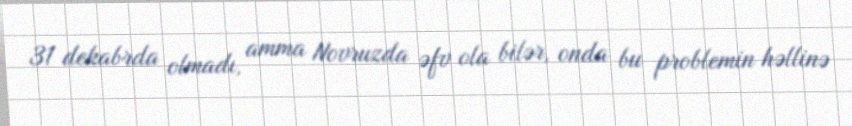
31 dekabrda olmadı, amma Novruzda əfv ola bilər, onda bu problemin həllinə